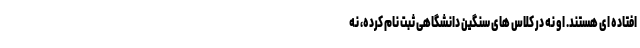
افتاده ای هستند. او نه در کلاس های سنگین دانشگاهی ثبت نام کرده، نه